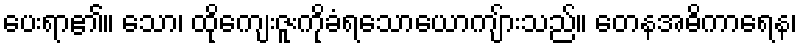
ပေးရာ၏။ သော၊ ထိုကျေးဇူးကိုခံရသောယောကျ်ားသည်။ တေနအဓိကာရေန၊